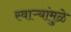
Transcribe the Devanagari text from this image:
स्वाऱ्यांमुळे